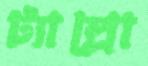
ট্যাল্লো